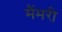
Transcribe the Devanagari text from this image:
मैंमरी